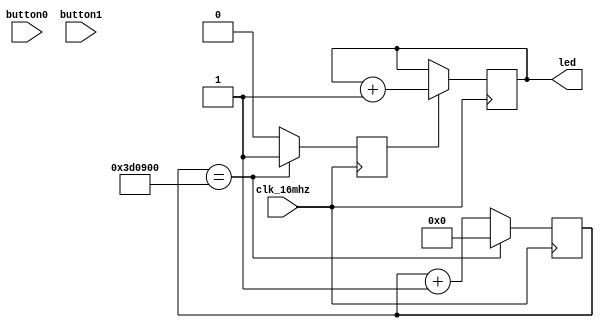
/* Count on the leds. */

// Force error when implicit net has no type.
`default_nettype none

module led_counter1
(
    input wire clk_16mhz,
    input wire button0,
    input wire button1,
    output reg [7:0] led
);

// internal registers
reg inc_led;
reg [23:0] fast_count;


// A constant
localparam QUARTER_SEC = 4_000_000;

// Generate a pulse to inc_leds every
// quarter of a second.
always @ (posedge clk_16mhz)
begin
    inc_led <= 0;       // default
    fast_count <= fast_count + 1;
    if (fast_count == QUARTER_SEC) begin
        inc_led <= 1;
        fast_count <= 0;
    end
end

// Increment the led count.
always @ (posedge clk_16mhz)
begin
    if (inc_led) begin
        led <= led + 1;
    end
end

endmodule